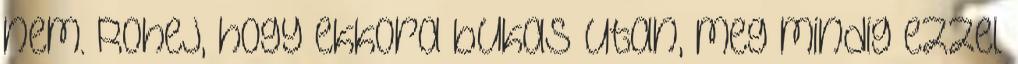
nem. Rohej, hogy ekkora bukas utan, meg mindig ezzel